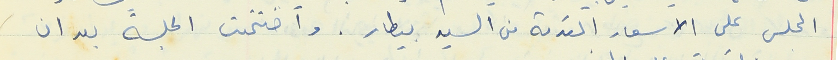
المجلس على الاسعار المقدمة من السيد بيطار. وأختتمت الجلسة بعد ان